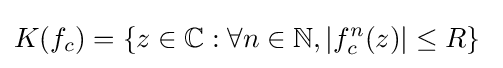
K(f_{c})=\left\{z\in \mathbb {C} :\forall n\in \mathbb {N} ,|f_{c}^{n}(z)|\leq R\right\}~